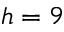
h = 9